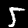
Label: 5